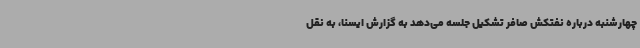
چهارشنبه درباره نفتکش صافر تشکیل جلسه می‌دهد به گزارش ایسنا، به نقل